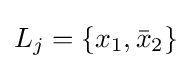
L_{j}=\{x_{1},{\bar {x}}_{2}\}